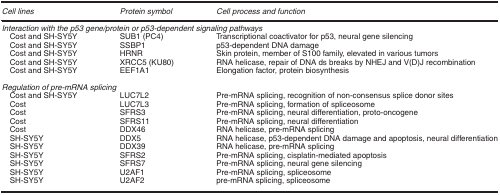
<table><thead><tr><td><b><i>Cell lines</i></b></td><td><b><i>Protein symbol</i></b></td><td><b><i>Cell process and function</i></b></td></tr></thead><tbody><tr><td colspan="3"><i>Interaction with the p53 gene/protein or p53-dependent signaling pathways</i></td></tr><tr><td> Cost and SH-SY5Y</td><td>SUB1 (PC4)</td><td>Transcriptional coactivator for p53, neural gene silencing</td></tr><tr><td> Cost and SH-SY5Y</td><td>SSBP1</td><td>p53-dependent DNA damage</td></tr><tr><td> Cost and SH-SY5Y</td><td>HRNR</td><td>Skin protein, member of S100 family, elevated in various tumors</td></tr><tr><td> Cost and SH-SY5Y</td><td>XRCC5 (KU80)</td><td>RNA helicase, repair of DNA ds breaks by NHEJ and V(D)J recombination</td></tr><tr><td> Cost and SH-SY5Y</td><td>EEF1A1</td><td>Elongation factor, protein biosynthesis</td></tr><tr><td> </td><td> </td><td> </td></tr><tr><td colspan="3"><i>Regulation of pre-mRNA splicing</i></td></tr><tr><td> Cost and SH-SY5Y</td><td>LUC7L2</td><td>Pre-mRNA splicing, recognition of non-consensus splice donor sites</td></tr><tr><td> Cost</td><td>LUC7L3</td><td>Pre-mRNA splicing, formation of spliceosome</td></tr><tr><td> Cost</td><td>SFRS3</td><td>Pre-mRNA splicing, neural differentiation, proto-oncogene</td></tr><tr><td> Cost</td><td>SFRS11</td><td>Pre-mRNA splicing, neural differentiation</td></tr><tr><td> Cost</td><td>DDX46</td><td>RNA helicase, pre-mRNA splicing</td></tr><tr><td> SH-SY5Y</td><td>DDX5</td><td>RNA helicase, p53-dependent DNA damage and apoptosis, neural differentiation</td></tr><tr><td> SH-SY5Y</td><td>DDX39</td><td>RNA helicase, pre-mRNA splicing</td></tr><tr><td> SH-SY5Y</td><td>SFRS2</td><td>Pre-mRNA splicing, cisplatin-mediated apoptosis</td></tr><tr><td> SH-SY5Y</td><td>SFRS7</td><td>Pre-mRNA splicing, neural gene silencing</td></tr><tr><td> SH-SY5Y</td><td>U2AF1</td><td>Pre-mRNA splicing, spliceosome</td></tr><tr><td> SH-SY5Y</td><td>U2AF2</td><td>pre-mRNA splicing, spliceosome</td></tr></tbody></table>